Mental hospitals Bombay report 1929-33 - 1929-1933
Year: 1929
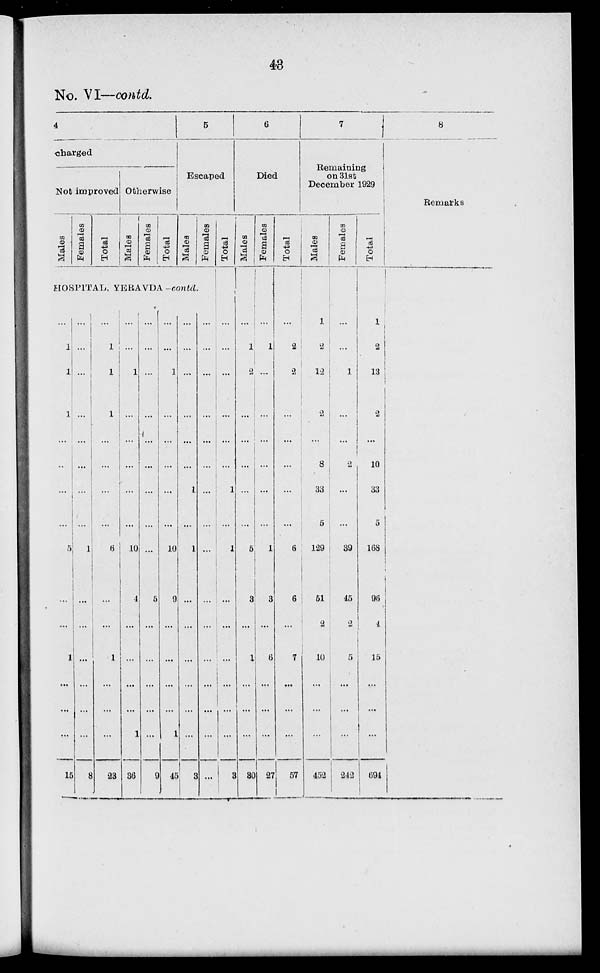
43
No. VI—contd.
4
charged
Not improved
Males
Females
Total
Otherwise
Males
Females
Total
5
Escaped
Males
Females
HOSPITAL, YERAVDA—contd.
...
1
1
1
...
...
...
...
5
...
...
1
...
...
...
15
...
...
...
...
...
...
...
...
1
...
...
...
...
...
...
8
...
1
1
1
...
...
...
...
6
...
...
1
...
...
...
23
...
...
1
...
...
...
...
...
10
4
...
...
...
...
1
36
...
...
...
...
...
...
...
...
...
5
...
...
...
...
...
9
...
...
1
...
...
...
...
...
10
9
...
...
...
...
1
45
...
...
...
...
...
...
1
...
1
...
...
...
...
...
...
3
...
...
...
...
...
...
...
...
...
...
...
...
...
...
...
...
Total
...
...
...
...
...
...
1
...
1
...
...
...
...
...
...
3
6
Died
Males
...
1
2
...
...
...
...
...
5
3
...
1
...
...
...
30
Females
...
1
...
...
...
...
...
...
1
3
...
6
...
...
...
27
Total
...
2
2
...
...
...
...
...
6
6
...
7
...
...
...
57
7
Remaining
on 31st
December 1929
Males
1
2
12
2
...
8
33
5
129
51
2
10
...
...
...
452
Females
...
...
1
...
...
2
...
...
39
45
2
5
...
...
...
242
Total
1
2
13
2
...
10
33
5
168
96
4
15
...
...
...
694
8
Remarks